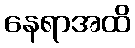
နေရာအထိ